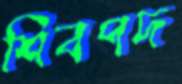
শিবপদ